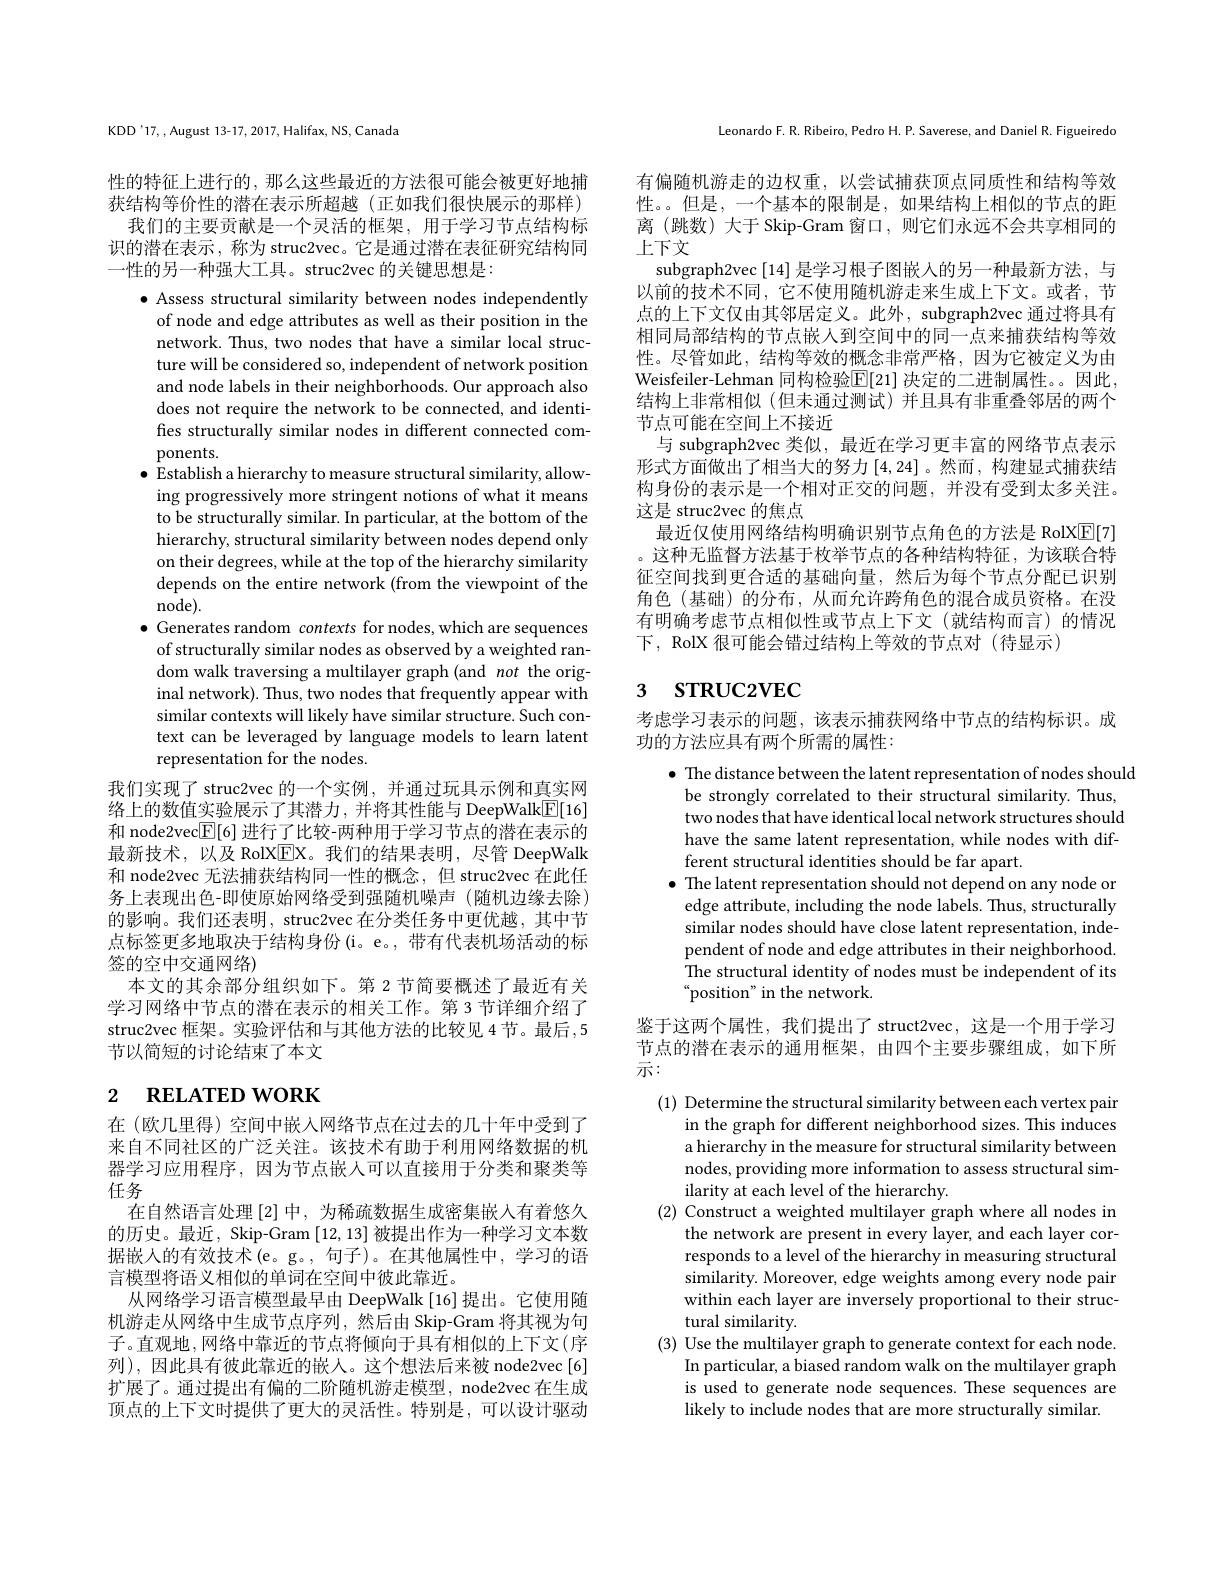
KDD'17,,August 13-17,2017,Halifax,NS,Canada

性的特征上进行的，那么这些最近的方法很可能会被更好地捕获结构等价性的潜在表示所超越(正如我们很快展示的那样)
我们的主要贡献是一个灵活的框架，用于学习节点结构标识的潜在表示 , 称为 struc2vec。它是通过潜在表征研究结构同一性的另一种强大工具。struc2vec 的关键思想是：

$\bullet$ Assess structural similarity between nodes independently
of node and edge attributes as well as their position in the network. Thus, two nodes that have a similar local structure will be considered so, independent of network position and node labels in their neighborhoods. Our approach also does not require the network to be connected, and identifies structurally similar nodes in different connected components.
$\bullet$ Establish a hierarchy to measure structural similarity, allowing progressively more stringent notions of what it means to be structurally similar. In particular, at the bottom of the hierarchy, structural similarity between nodes depend only on their degrees, while at the top of the hierarchy similarity depends on the entire network (from the viewpoint of the node).
$\bullet$ Generates random contexts for nodes,which are sequences
of structurally similar nodes as observed by a weighted random walk traversing a multilayer graph (and not the original network). Thus, two nodes that frequently appear with similar contexts will likely have similar structure. Such context can be leveraged by language models to learn latent representation for the nodes.
我们实现了 struc2vec 的一个实例，并通过玩具示例和真实网络上的数值实验展示了其潜力，并将其性能与 DeepWalk$\boxed{\mathrm{E}}[16]$ 和 node2vec$\overline{\mathbb{E}}[6]$进行了比较-两种用于学习节点的潜在表示的最新技术，以及 RolX$\overline{\mathrm{E}}$X。我们的结果表明，尽管 DeepWalk 和 node2vec 无法捕获结构同一性的概念，但 struc2vec 在此任务上表现出色-即使原始网络受到强随机噪声(随机边缘去除) 的影响。我们还表明，struc2vec 在分类任务中更优越，其中节点标签更多地取决于结构身份(i。e。,带有代表机场活动的标签的空中交通网络)
本文的其余部分组织如下。第 2 节简要概述了最近有关学习网络中节点的潜在表示的相关工作。第 3 节详细介绍了struc2vec 框架。实验评估和与其他方法的比较见 4 节。最后，5节以简短的讨论结束了本文

# 2 $\textbf{RELATED WORK}$

在 (欧几里得) 空间中嵌入网络节点在过去的几十年中受到了来自不同社区的广泛关注。该技术有助于利用网络数据的机器学习应用程序，因为节点嵌人可以直接用于分类和聚类等任务
在自然语言处理$\left[2\right]$中，为稀疏数据生成密集嵌入有着悠久的历史。最近，Skip-Gram [12,13]被提出作为一种学习文本数据嵌入的有效技术(e。g。, 句子)。在其他属性中，学习的语言模型将语义相似的单词在空间中彼此靠近。
从网络学习语言模型最早由 DeepWalk[16]提出。它使用随机游走从网络中生成节点序列，然后由 Skip-Gram 将其视为句子。直观地，网络中靠近的节点将倾向于具有相似的上下文(序列),因此具有彼此靠近的嵌人。这个想法后来被 node2vec[6] 扩展了。通过提出有偏的二阶随机游走模型，node2vec 在生成顶点的上下文时提供了更大的灵活性。特别是，可以设计驱动

Leonardo F. R. Ribeiro, Pedro H. P. Saverese, and Daniel R. Figueiredo

有偏随机游走的边权重，以尝试捕获顶点同质性和结构等效性。。但是，一个基本的限制是，如果结构上相似的节点的距离(跳数) 大于 Skip-Gram 窗口，则它们永远不会共享相同的上下文
subgraph2vec [14]是学习根子图嵌入的另一种最新方法，与以前的技术不同，它不使用随机游走来生成上下文。或者，节点的上下文仅由其邻居定义。此外，subgraph2vec 通过将具有相同局部结构的节点嵌人到空间中的同一点来捕获结构等效性。尽管如此，结构等效的概念非常严格，因为它被定义为由Weisfeiler-Lehman 同构检验$\mathbb{E}[21]$ 决定的二进制属性。因此， 结构上非常相似(但未通过测试)并且具有非重叠邻居的两个节点可能在空间上不接近
与 subgraph2vec 类似，最近在学习更丰富的网络节点表示形式方面做出了相当大的努力[4,24]。然而，构建显式捕获结构身份的表示是一个相对正交的问题，并没有受到太多关注。这是 struc2vec 的焦点
最近仅使用网络结构明确识别节点角色的方法是 RolX$\underline{\mathrm{E}}[7]$ 。这种无监督方法基于枚举节点的各种结构特征，为该联合特征空间找到更合适的基础向量，然后为每个节点分配已识别角色(基础)的分布，从而允许跨角色的混合成员资格。在没有明确考虑节点相似性或节点上下文(就结构而言)的情况下，RolX 很可能会错过结构上等效的节点对(待显示)

# 3 $STRUC2VEC$

考虑学习表示的问题，该表示捕获网络中节点的结构标识。成
功的方法应具有两个所需的属性：

$\bullet$ The distance between the latent representation of nodes should
be strongly correlated to their structural similarity. Thus, two nodes that have identical local network structures should have the same latent representation, while nodes with different structural identities should be far apart.
$\bullet$ The latent representation should not depend on any node or edge attribute, including the node labels. Thus, structurally similar nodes should have close latent representation, independent of node and edge attributes in their neighborhood. The structural identity of nodes must be independent of its “position” in the network.
鉴于这两个属性，我们提出了 struct2vec, 这是一个用于学习节点的潜在表示的通用框架，由四个主要步骤组成，如下所示：
(1) Determine the structural similarity between each vertex pair
in the graph for different neighborhood sizes. This induces a hierarchy in the measure for structural similarity between nodes, providing more information to assess structural similarity at each level of the hierarchy
(2) Construct a weighted multilayer graph where all nodes in
the network are present in every layer, and each layer corresponds to a level of the hierarchy in measuring structural similarity. Moreover, edge weights among every node pair within each layer are inversely proportional to their structural similarity.
(3) Use the multilayer graph to generate context for each node.
In particular, a biased random walk on the multilayer graph is used to generate node sequences. These sequences are likely to include nodes that are more structurally similar.